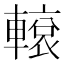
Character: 𨎊